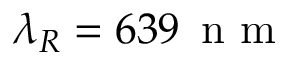
\lambda _ { R } = 6 3 9 \, \mathrm { ~ n ~ m ~ }